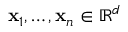
\ensuremath { \mathbf { x } } _ { 1 } , \dots , \ensuremath { \mathbf { x } } _ { n } \in \mathbb { R } ^ { d }